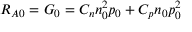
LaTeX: R _ { A 0 } = G _ { 0 } = C _ { n } n _ { 0 } ^ { 2 } p _ { 0 } + C _ { p } n _ { 0 } p _ { 0 } ^ { 2 }